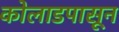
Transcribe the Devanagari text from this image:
कोलाडपासून